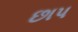
છાપ